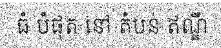
ធំ បំផុត នៅ តំបន់ ឥណ្ឌី